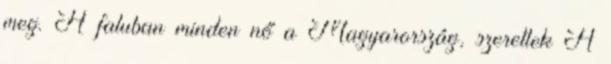
meg. A faluban minden nő a Magyarország, szeretlek A